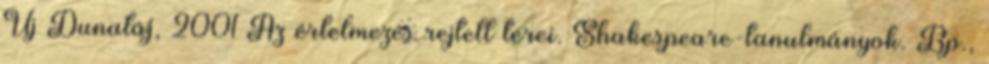
Új Dunatáj, 2001 Az értelmezés rejtett terei. Shakespeare-tanulmányok. Bp.,